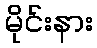
မိုင်းနား